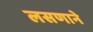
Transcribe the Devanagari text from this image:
लसणाने